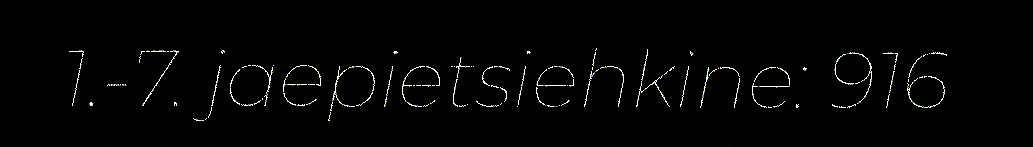
1.-7. jaepietsiehkine: 916